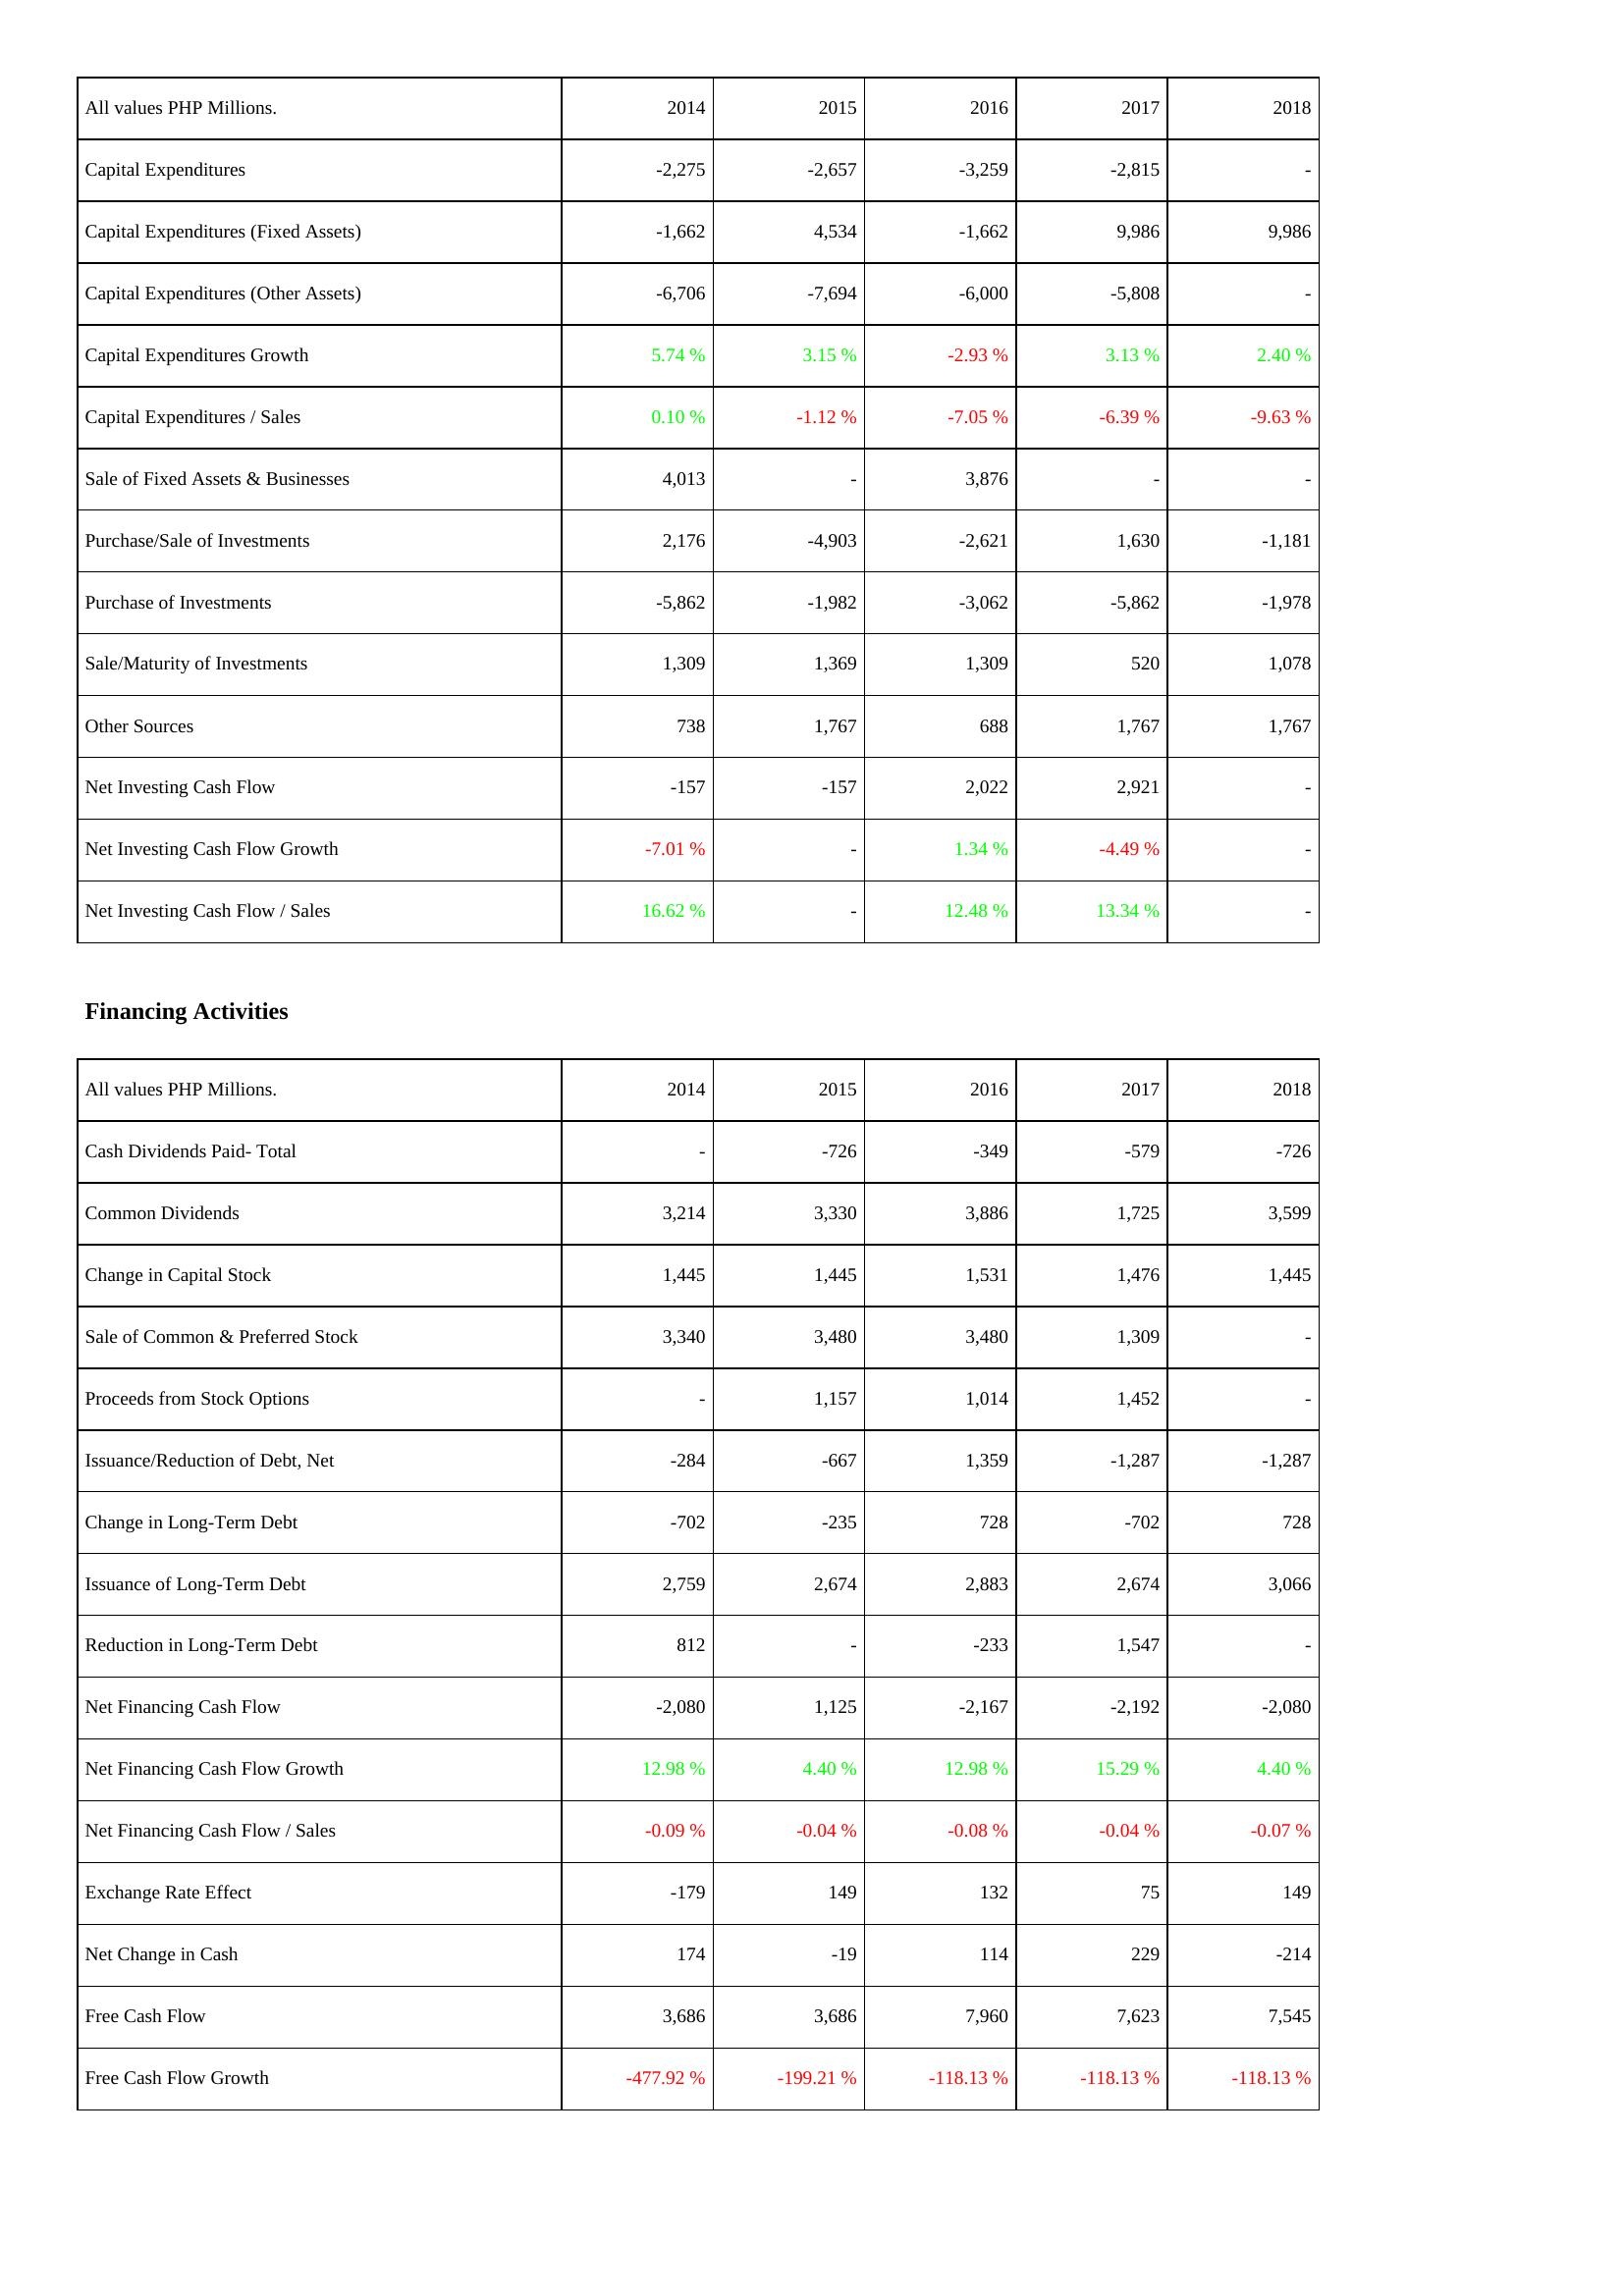
2014: Investing Activities: Capital Expenditures: -2,275
Capital Expenditures (Fixed Assets): -1,662
Capital Expenditures (Other Assets): -6,706
Capital Expenditures Growth: 5.74 %
Capital Expenditures / Sales: 0.10 %
Sale of Fixed Assets & Businesses: 4,013
Purchase/Sale of Investments: 2,176
Purchase of Investments: -5,862
Sale/Maturity of Investments: 1,309
Other Sources: 738
Net Investing Cash Flow: -157
Net Investing Cash Flow Growth: -7.01 %
Net Investing Cash Flow / Sales: 16.62 %
Financing Activities: Cash Dividends Paid- Total: -
Common Dividends: 3,214
Change in Capital Stock: 1,445
Sale of Common & Preferred Stock: 3,340
Proceeds from Stock Options: -
Issuance/Reduction of Debt, Net: -284
Change in Long-Term Debt: -702
Issuance of Long-Term Debt: 2,759
Reduction in Long-Term Debt: 812
Net Financing Cash Flow: -2,080
Net Financing Cash Flow Growth: 12.98 %
Net Financing Cash Flow / Sales: -0.09 %
Exchange Rate Effect: -179
Net Change in Cash: 174
Free Cash Flow: 3,686
Free Cash Flow Growth: -477.92 %
2015: Investing Activities: Capital Expenditures: -2,657
Capital Expenditures (Fixed Assets): 4,534
Capital Expenditures (Other Assets): -7,694
Capital Expenditures Growth: 3.15 %
Capital Expenditures / Sales: -1.12 %
Sale of Fixed Assets & Businesses: -
Purchase/Sale of Investments: -4,903
Purchase of Investments: -1,982
Sale/Maturity of Investments: 1,369
Other Sources: 1,767
Net Investing Cash Flow: -157
Net Investing Cash Flow Growth: -
Net Investing Cash Flow / Sales: -
Financing Activities: Cash Dividends Paid- Total: -726
Common Dividends: 3,330
Change in Capital Stock: 1,445
Sale of Common & Preferred Stock: 3,480
Proceeds from Stock Options: 1,157
Issuance/Reduction of Debt, Net: -667
Change in Long-Term Debt: -235
Issuance of Long-Term Debt: 2,674
Reduction in Long-Term Debt: -
Net Financing Cash Flow: 1,125
Net Financing Cash Flow Growth: 4.40 %
Net Financing Cash Flow / Sales: -0.04 %
Exchange Rate Effect: 149
Net Change in Cash: -19
Free Cash Flow: 3,686
Free Cash Flow Growth: -199.21 %
2016: Investing Activities: Capital Expenditures: -3,259
Capital Expenditures (Fixed Assets): -1,662
Capital Expenditures (Other Assets): -6,000
Capital Expenditures Growth: -2.93 %
Capital Expenditures / Sales: -7.05 %
Sale of Fixed Assets & Businesses: 3,876
Purchase/Sale of Investments: -2,621
Purchase of Investments: -3,062
Sale/Maturity of Investments: 1,309
Other Sources: 688
Net Investing Cash Flow: 2,022
Net Investing Cash Flow Growth: 1.34 %
Net Investing Cash Flow / Sales: 12.48 %
Financing Activities: Cash Dividends Paid- Total: -349
Common Dividends: 3,886
Change in Capital Stock: 1,531
Sale of Common & Preferred Stock: 3,480
Proceeds from Stock Options: 1,014
Issuance/Reduction of Debt, Net: 1,359
Change in Long-Term Debt: 728
Issuance of Long-Term Debt: 2,883
Reduction in Long-Term Debt: -233
Net Financing Cash Flow: -2,167
Net Financing Cash Flow Growth: 12.98 %
Net Financing Cash Flow / Sales: -0.08 %
Exchange Rate Effect: 132
Net Change in Cash: 114
Free Cash Flow: 7,960
Free Cash Flow Growth: -118.13 %
2017: Investing Activities: Capital Expenditures: -2,815
Capital Expenditures (Fixed Assets): 9,986
Capital Expenditures (Other Assets): -5,808
Capital Expenditures Growth: 3.13 %
Capital Expenditures / Sales: -6.39 %
Sale of Fixed Assets & Businesses: -
Purchase/Sale of Investments: 1,630
Purchase of Investments: -5,862
Sale/Maturity of Investments: 520
Other Sources: 1,767
Net Investing Cash Flow: 2,921
Net Investing Cash Flow Growth: -4.49 %
Net Investing Cash Flow / Sales: 13.34 %
Financing Activities: Cash Dividends Paid- Total: -579
Common Dividends: 1,725
Change in Capital Stock: 1,476
Sale of Common & Preferred Stock: 1,309
Proceeds from Stock Options: 1,452
Issuance/Reduction of Debt, Net: -1,287
Change in Long-Term Debt: -702
Issuance of Long-Term Debt: 2,674
Reduction in Long-Term Debt: 1,547
Net Financing Cash Flow: -2,192
Net Financing Cash Flow Growth: 15.29 %
Net Financing Cash Flow / Sales: -0.04 %
Exchange Rate Effect: 75
Net Change in Cash: 229
Free Cash Flow: 7,623
Free Cash Flow Growth: -118.13 %
2018: Investing Activities: Capital Expenditures: -
Capital Expenditures (Fixed Assets): 9,986
Capital Expenditures (Other Assets): -
Capital Expenditures Growth: 2.40 %
Capital Expenditures / Sales: -9.63 %
Sale of Fixed Assets & Businesses: -
Purchase/Sale of Investments: -1,181
Purchase of Investments: -1,978
Sale/Maturity of Investments: 1,078
Other Sources: 1,767
Net Investing Cash Flow: -
Net Investing Cash Flow Growth: -
Net Investing Cash Flow / Sales: -
Financing Activities: Cash Dividends Paid- Total: -726
Common Dividends: 3,599
Change in Capital Stock: 1,445
Sale of Common & Preferred Stock: -
Proceeds from Stock Options: -
Issuance/Reduction of Debt, Net: -1,287
Change in Long-Term Debt: 728
Issuance of Long-Term Debt: 3,066
Reduction in Long-Term Debt: -
Net Financing Cash Flow: -2,080
Net Financing Cash Flow Growth: 4.40 %
Net Financing Cash Flow / Sales: -0.07 %
Exchange Rate Effect: 149
Net Change in Cash: -214
Free Cash Flow: 7,545
Free Cash Flow Growth: -118.13 %